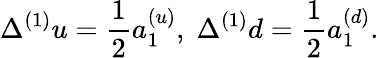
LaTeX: \Delta^{(1)}u=\frac{1}{2}a_{1}^{(u)},\; \Delta^{(1)}d=\frac{1}{2}a_{1}^{(d)}.